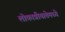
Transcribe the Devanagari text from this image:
लोकाप्रीयातेमध्ये